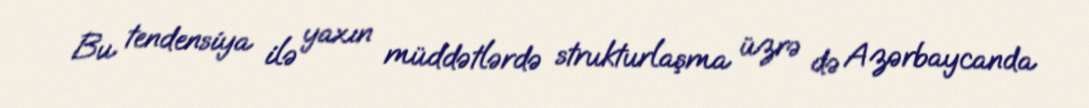
Bu tendensiya ilə yaxın müddətlərdə strukturlaşma üzrə də Azərbaycanda